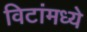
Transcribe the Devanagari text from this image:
विटांमध्ये